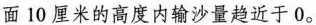
面10厘米的高度内输沙量趋近于0。